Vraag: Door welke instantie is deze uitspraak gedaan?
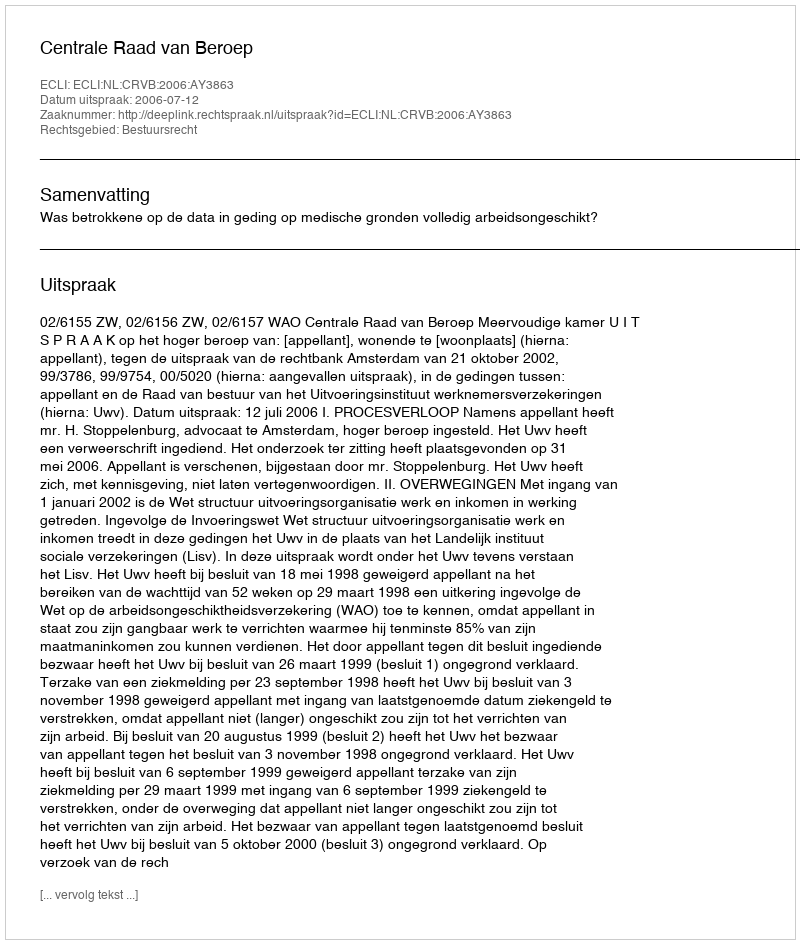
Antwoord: Centrale Raad van Beroep